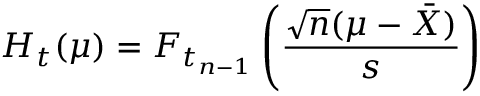
H _ { t } ( \mu ) = F _ { t _ { n - 1 } } \left( { \frac { { \sqrt { n } } ( \mu - { \bar { X } } ) } { s } } \right)